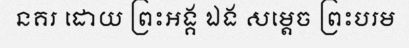
នគរ ដោយ ព្រះអង្គ ឯង សម្តេច ព្រះបរម